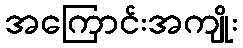
အကြောင်းအကျိုး